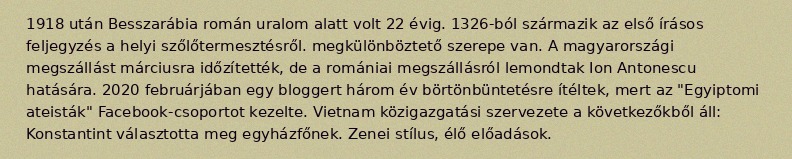
1918 után Besszarábia román uralom alatt volt 22 évig. 1326-ból származik az első írásos feljegyzés a helyi szőlőtermesztésről. megkülönböztető szerepe van. A magyarországi megszállást márciusra időzítették, de a romániai megszállásról lemondtak Ion Antonescu hatására. 2020 februárjában egy bloggert három év börtönbüntetésre ítéltek, mert az "Egyiptomi ateisták" Facebook-csoportot kezelte. Vietnam közigazgatási szervezete a következőkből áll: Konstantint választotta meg egyházfőnek. Zenei stílus, élő előadások.